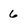
Character: 6